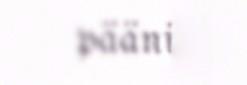
päänih.